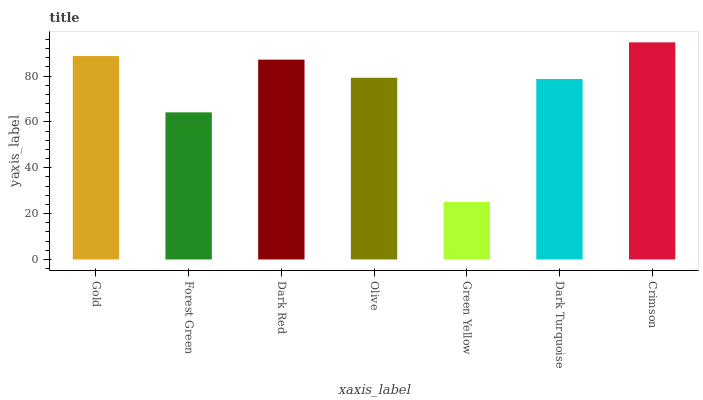
| xaxis_label | bars |
 | --- | --- |
 | Gold | 88.7 |
 | Forest Green | 64.2 |
 | Dark Red | 87.2 |
 | Olive | 79.3 |
 | Green Yellow | 25.1 |
 | Dark Turquoise | 78.7 |
 | Crimson | 94.7 |